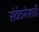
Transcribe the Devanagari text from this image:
संवेदनेसाठी